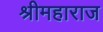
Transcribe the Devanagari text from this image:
श्रीमहाराज